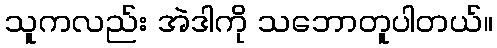
သူကလည်း အဲဒါကို သဘောတူပါတယ်။